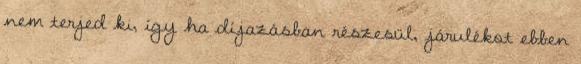
nem terjed ki, így ha díjazásban részesül, járulékot ebben